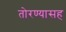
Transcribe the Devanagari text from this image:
तोरण्यासह